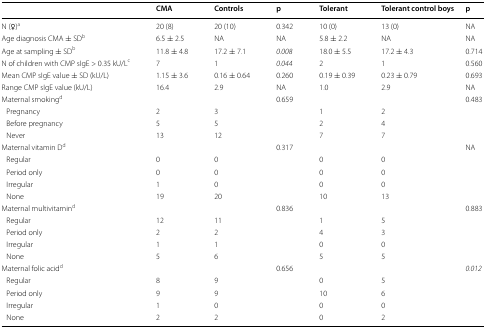
<table><thead><tr><td></td><td><b>CMA</b></td><td><b>Controls</b></td><td><b>p</b></td><td><b>Tolerant</b></td><td><b>Tolerant control boys</b></td><td><b>p</b></td></tr></thead><tbody><tr><td>N (♀)<sup>a</sup></td><td>20 (8)</td><td>20 (10)</td><td>0.342</td><td>10 (0)</td><td>13 (0)</td><td>NA</td></tr><tr><td>Age diagnosis CMA ± SD<sup>b</sup></td><td>6.5 ± 2.5</td><td>NA</td><td>NA</td><td>5.8 ± 2.2</td><td>NA</td><td>NA</td></tr><tr><td>Age at sampling ± SD<sup>b</sup></td><td>11.8 ± 4.8</td><td>17.2 ± 7.1</td><td><i>0.008</i></td><td>18.0 ± 5.5</td><td>17.2 ± 4.3</td><td>0.714</td></tr><tr><td>N of children with CMP sIgE &gt; 0.35 kU/L<sup>c</sup></td><td>7</td><td>1</td><td><i>0.044</i></td><td>2</td><td>1</td><td>0.560</td></tr><tr><td>Mean CMP sIgE value ± SD (kU/L)</td><td>1.15 ± 3.6</td><td>0.16 ± 0.64</td><td>0.260</td><td>0.19 ± 0.39</td><td>0.23 ± 0.79</td><td>0.693</td></tr><tr><td>Range CMP sIgE value (kU/L)</td><td>16.4</td><td>2.9</td><td>NA</td><td>1.0</td><td>2.9</td><td>NA</td></tr><tr><td>Maternal smoking<sup>d</sup></td><td></td><td></td><td>0.659</td><td></td><td></td><td>0.483</td></tr><tr><td> Pregnancy</td><td>2</td><td>3</td><td></td><td>1</td><td>2</td><td></td></tr><tr><td> Before pregnancy</td><td>5</td><td>5</td><td></td><td>2</td><td>4</td><td></td></tr><tr><td> Never</td><td>13</td><td>12</td><td></td><td>7</td><td>7</td><td></td></tr><tr><td>Maternal vitamin D<sup>d</sup></td><td></td><td></td><td>0.317</td><td></td><td></td><td>NA</td></tr><tr><td> Regular</td><td>0</td><td>0</td><td></td><td>0</td><td>0</td><td></td></tr><tr><td> Period only</td><td>0</td><td>0</td><td></td><td>0</td><td>0</td><td></td></tr><tr><td> Irregular</td><td>1</td><td>0</td><td></td><td>0</td><td>0</td><td></td></tr><tr><td> None</td><td>19</td><td>20</td><td></td><td>10</td><td>13</td><td></td></tr><tr><td>Maternal multivitamin<sup>d</sup></td><td></td><td></td><td>0.836</td><td></td><td></td><td>0.883</td></tr><tr><td> Regular</td><td>12</td><td>11</td><td></td><td>1</td><td>5</td><td></td></tr><tr><td> Period only</td><td>2</td><td>2</td><td></td><td>4</td><td>3</td><td></td></tr><tr><td> Irregular</td><td>1</td><td>1</td><td></td><td>0</td><td>0</td><td></td></tr><tr><td> None</td><td>5</td><td>6</td><td></td><td>5</td><td>5</td><td></td></tr><tr><td>Maternal folic acid<sup>d</sup></td><td></td><td></td><td>0.656</td><td></td><td></td><td><i>0.012</i></td></tr><tr><td> Regular</td><td>8</td><td>9</td><td></td><td>0</td><td>5</td><td></td></tr><tr><td> Period only</td><td>9</td><td>9</td><td></td><td>10</td><td>6</td><td></td></tr><tr><td> Irregular</td><td>1</td><td>0</td><td></td><td>0</td><td>0</td><td></td></tr><tr><td> None</td><td>2</td><td>2</td><td></td><td>0</td><td>2</td><td></td></tr></tbody></table>